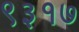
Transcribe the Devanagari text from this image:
९३१७